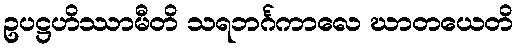
ဥပဋ္ဌဟိဿာမီတိ သရဘင်္ဂကာလေ ဃာတယေတိ